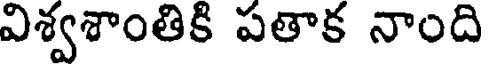
విశ్వశాంతికి పతాక నాంది